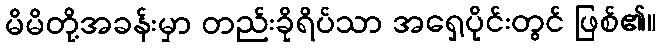
မိမိတို့အခန်းမှာ တည်းခိုရိပ်သာ အရှေ့ပိုင်းတွင် ဖြစ်၏။